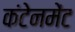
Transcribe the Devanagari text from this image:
कंटेनमेंट